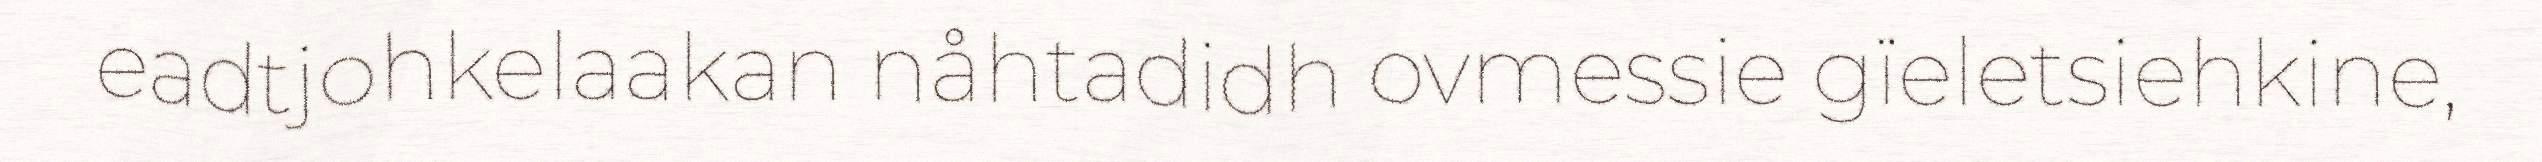
eadtjohkelaakan nåhtadidh ovmessie gïeletsiehkine,